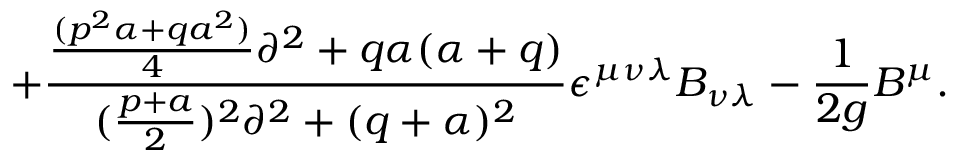
+ { \frac { { \frac { ( p ^ { 2 } \alpha + q a ^ { 2 } ) } { 4 } } \partial ^ { 2 } + q \alpha ( \alpha + q ) } { ( { \frac { p + a } { 2 } } ) ^ { 2 } \partial ^ { 2 } + ( q + \alpha ) ^ { 2 } } } \epsilon ^ { \mu \nu \lambda } B _ { \nu \lambda } - { \frac { 1 } { 2 g } } B ^ { \mu } .